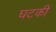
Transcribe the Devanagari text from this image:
घटकी